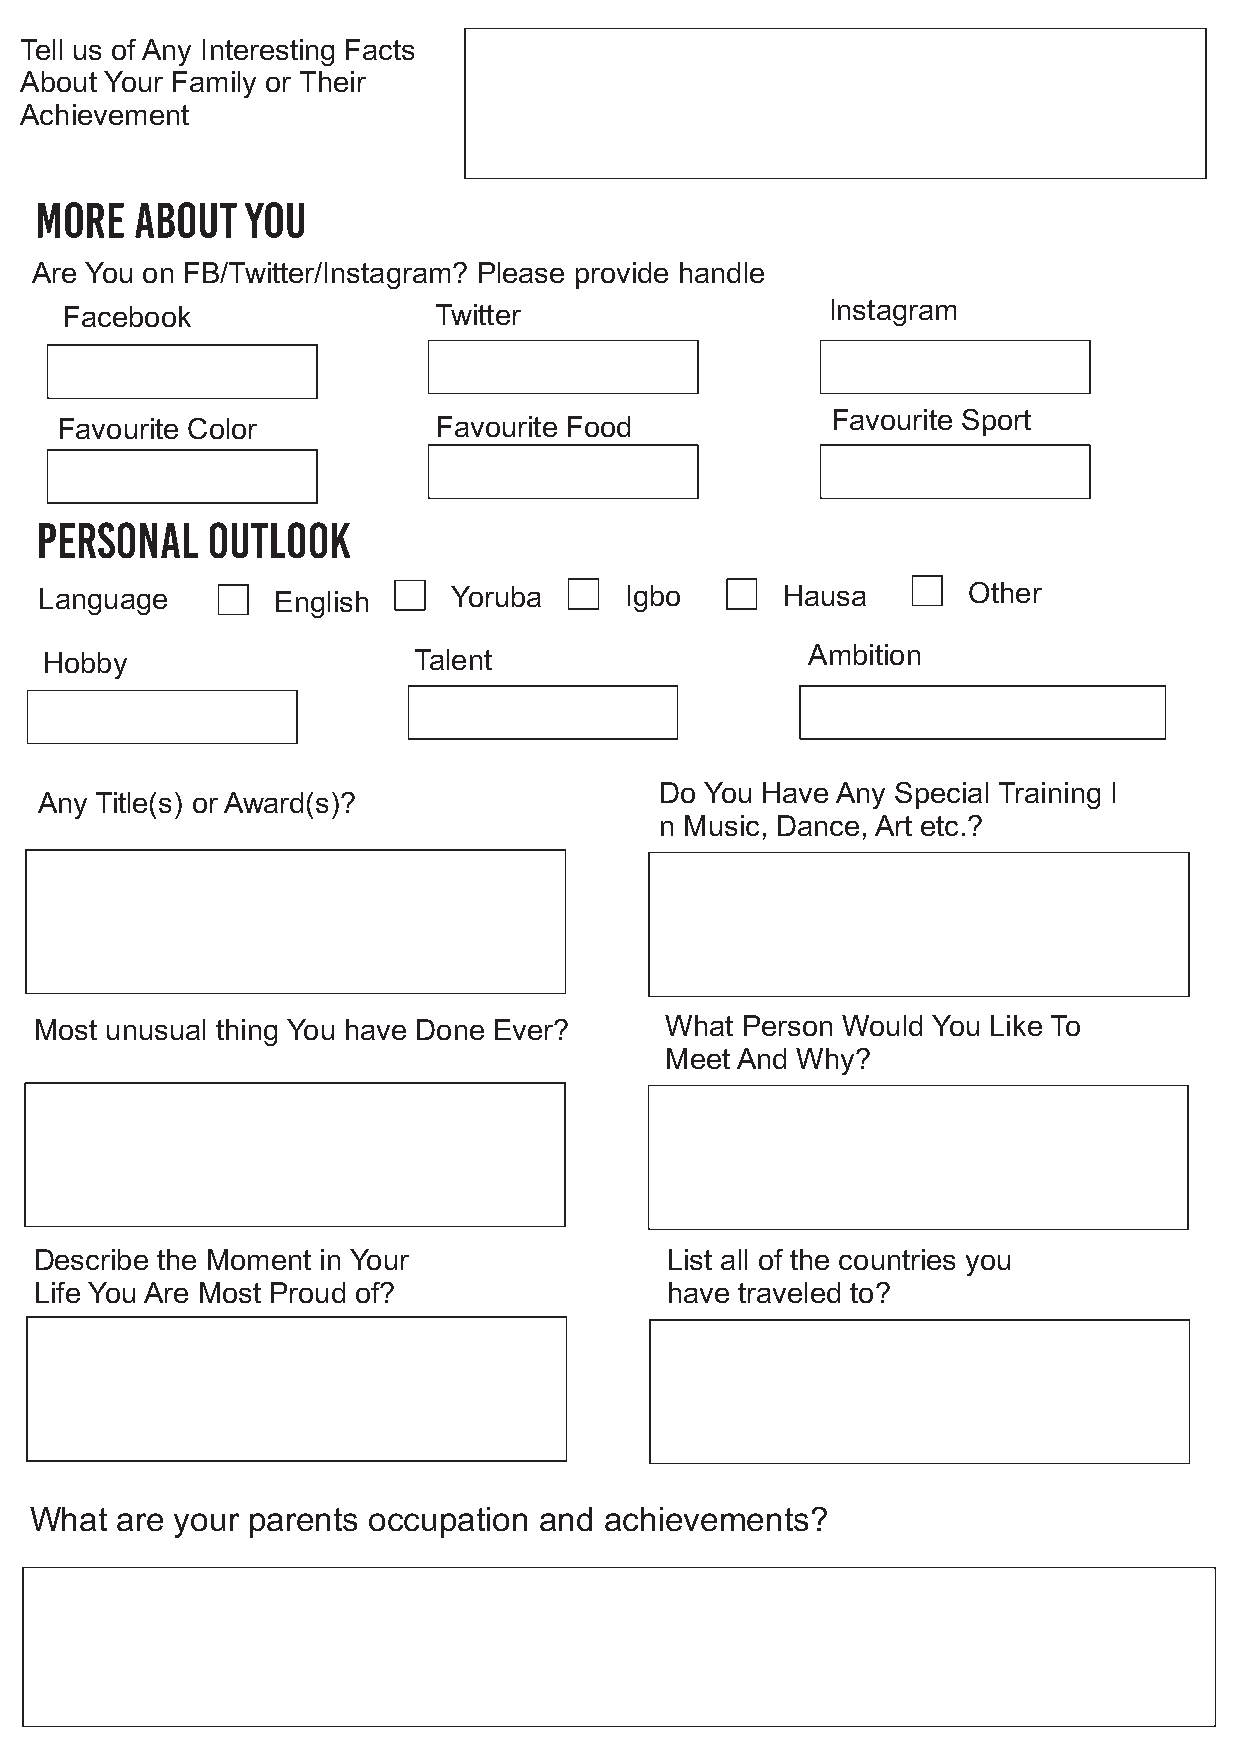
Tell us of Any Interesting Facts
 About Your Family or Their
 Achievement
 MORE   ABOUT  YOU
 Are You on FB/Twitter/Instagram? Please provide handle
 FFaacceebbooookk         Twitter                   Instagram
 Favourite Sport
 Favourite Color          Favourite Food
 Personal    Outlook
 Language       English     Yoruba     Igbo       HHaauussaa  Other
 HHoobbbbyy              TTaalleenntt              Ambition
 Do You Have Any Special Training I
 Any Title(s) or Award(s)?
 n Music, Dance, Art etc.?
 Most unusual thing You have Done Ever?    What Person Would You Like To
 Meet And Why?
 Describe the Moment in Your               List all of the countries you
 Life You Are Most Proud of?               have traveled to?
 What  are your parents occupation and achievements?